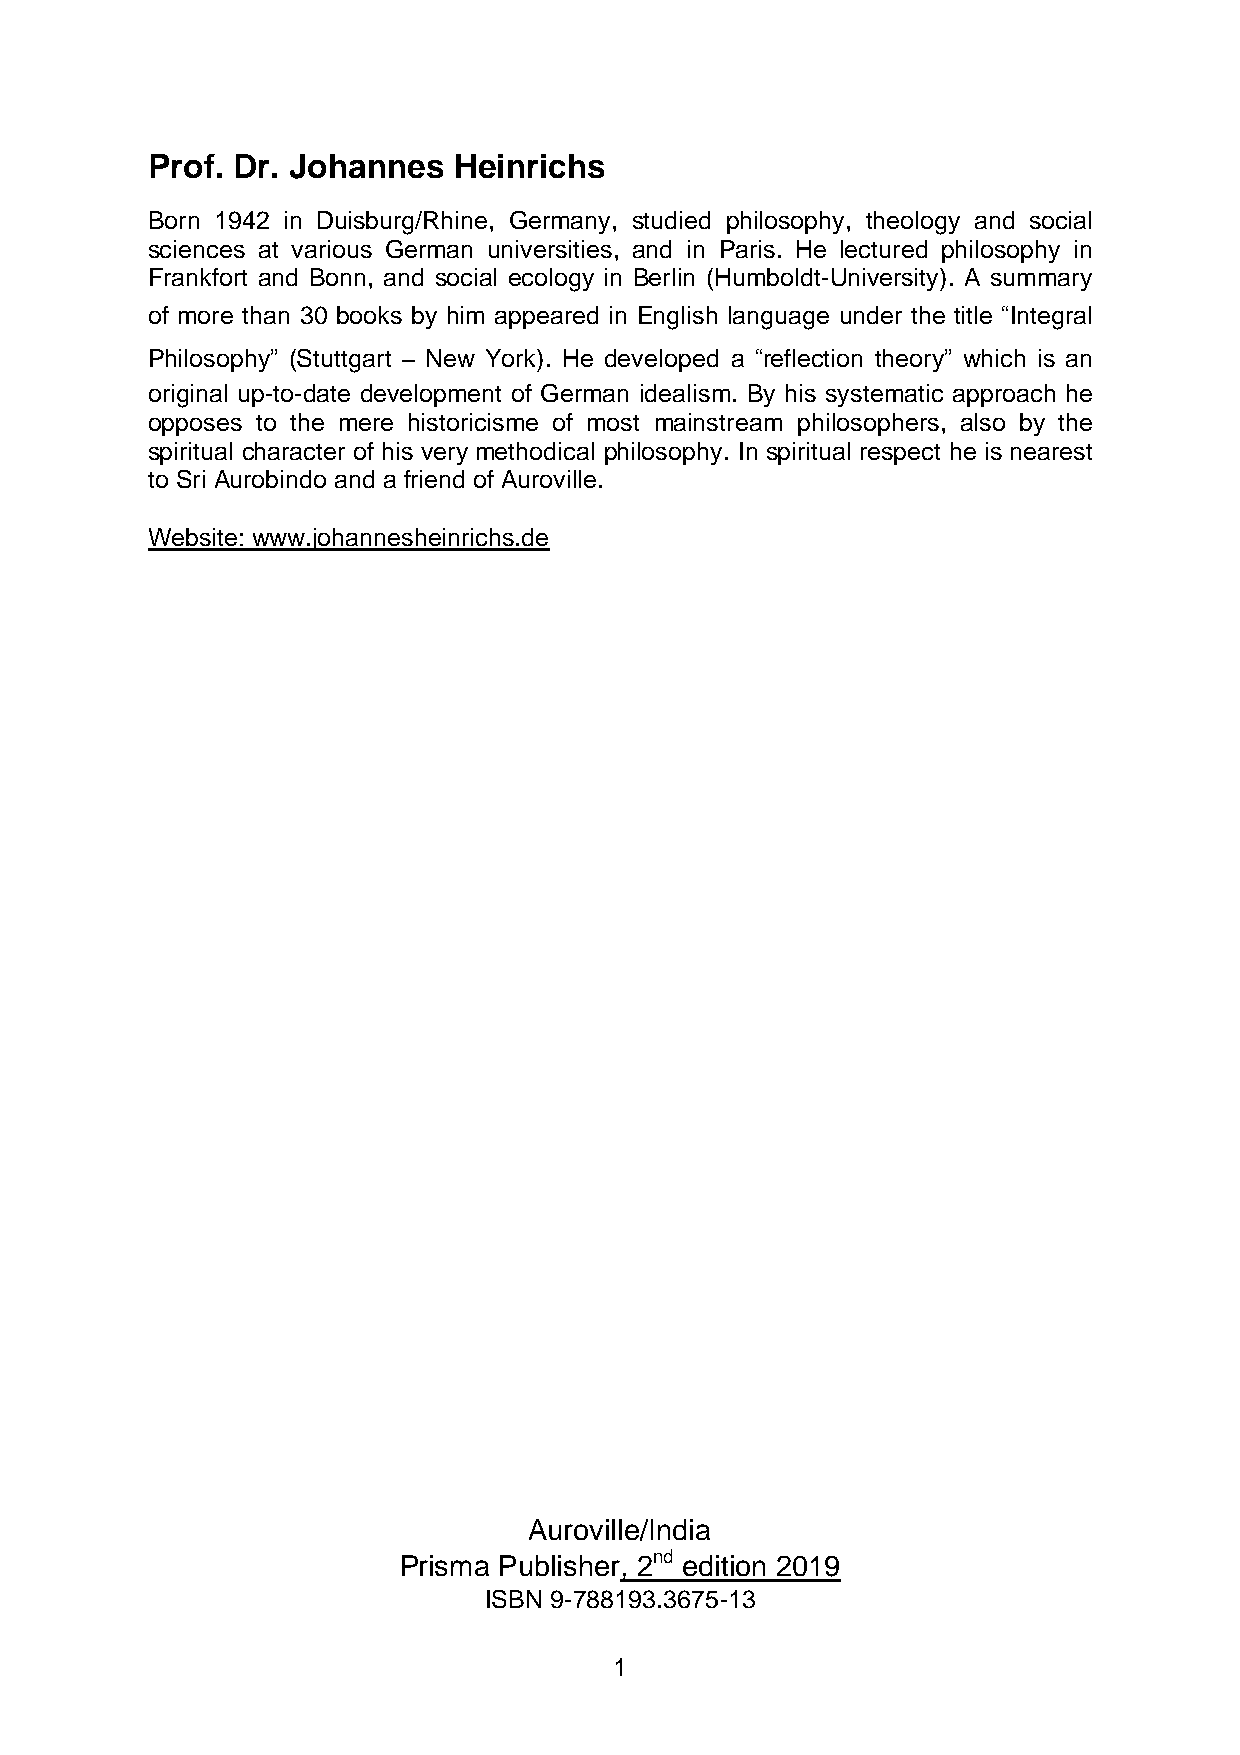
Prof. Dr. Johannes  Heinrichs
 Born 1942 in Duisburg/Rhine, Germany, studied philosophy, theology and social
 sciences at various German universities, and in Paris. He lectured philosophy in
 Frankfort and Bonn, and social ecology in Berlin (Humboldt-University). A summary
 of more than 30 books by him appeared in English language under the title “Integral
 Philosophy” (Stuttgart – New York). He developed a “reflection theory” which is an
 original up-to-date development of German idealism. By his systematic approach he
 opposes to the mere historicisme of most mainstream philosophers, also by the
 spiritual character of his very methodical philosophy. In spiritual respect he is nearest
 to Sri Aurobindo and a friend of Auroville.
 Website: www.johannesheinrichs.de
 Auroville/India
 Prisma Publisher, 2nd edition 2019
 ISBN 9-788193.3675-13
 1